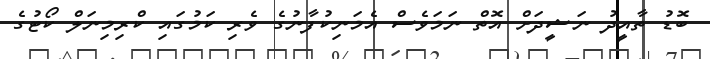
ބޮޑު ތާއީދު ނަޝީދަށް އޮތް ނަމަވެސް އެމަނިކުފާނުގެ ވެރި ކަމުގައި ކްރިމިނަލް ކޯޓުގެ